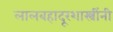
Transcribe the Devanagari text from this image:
लालबहादूरशास्त्रींनी